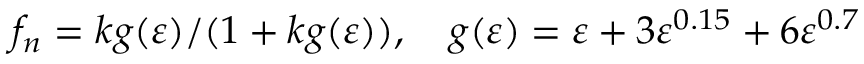
f _ { n } = k g ( \varepsilon ) / ( 1 + k g ( \varepsilon ) ) , \quad g ( \varepsilon ) = \varepsilon + 3 \varepsilon ^ { 0 . 1 5 } + 6 \varepsilon ^ { 0 . 7 }